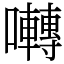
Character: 囀